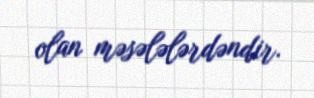
olan məsələlərdəndir.